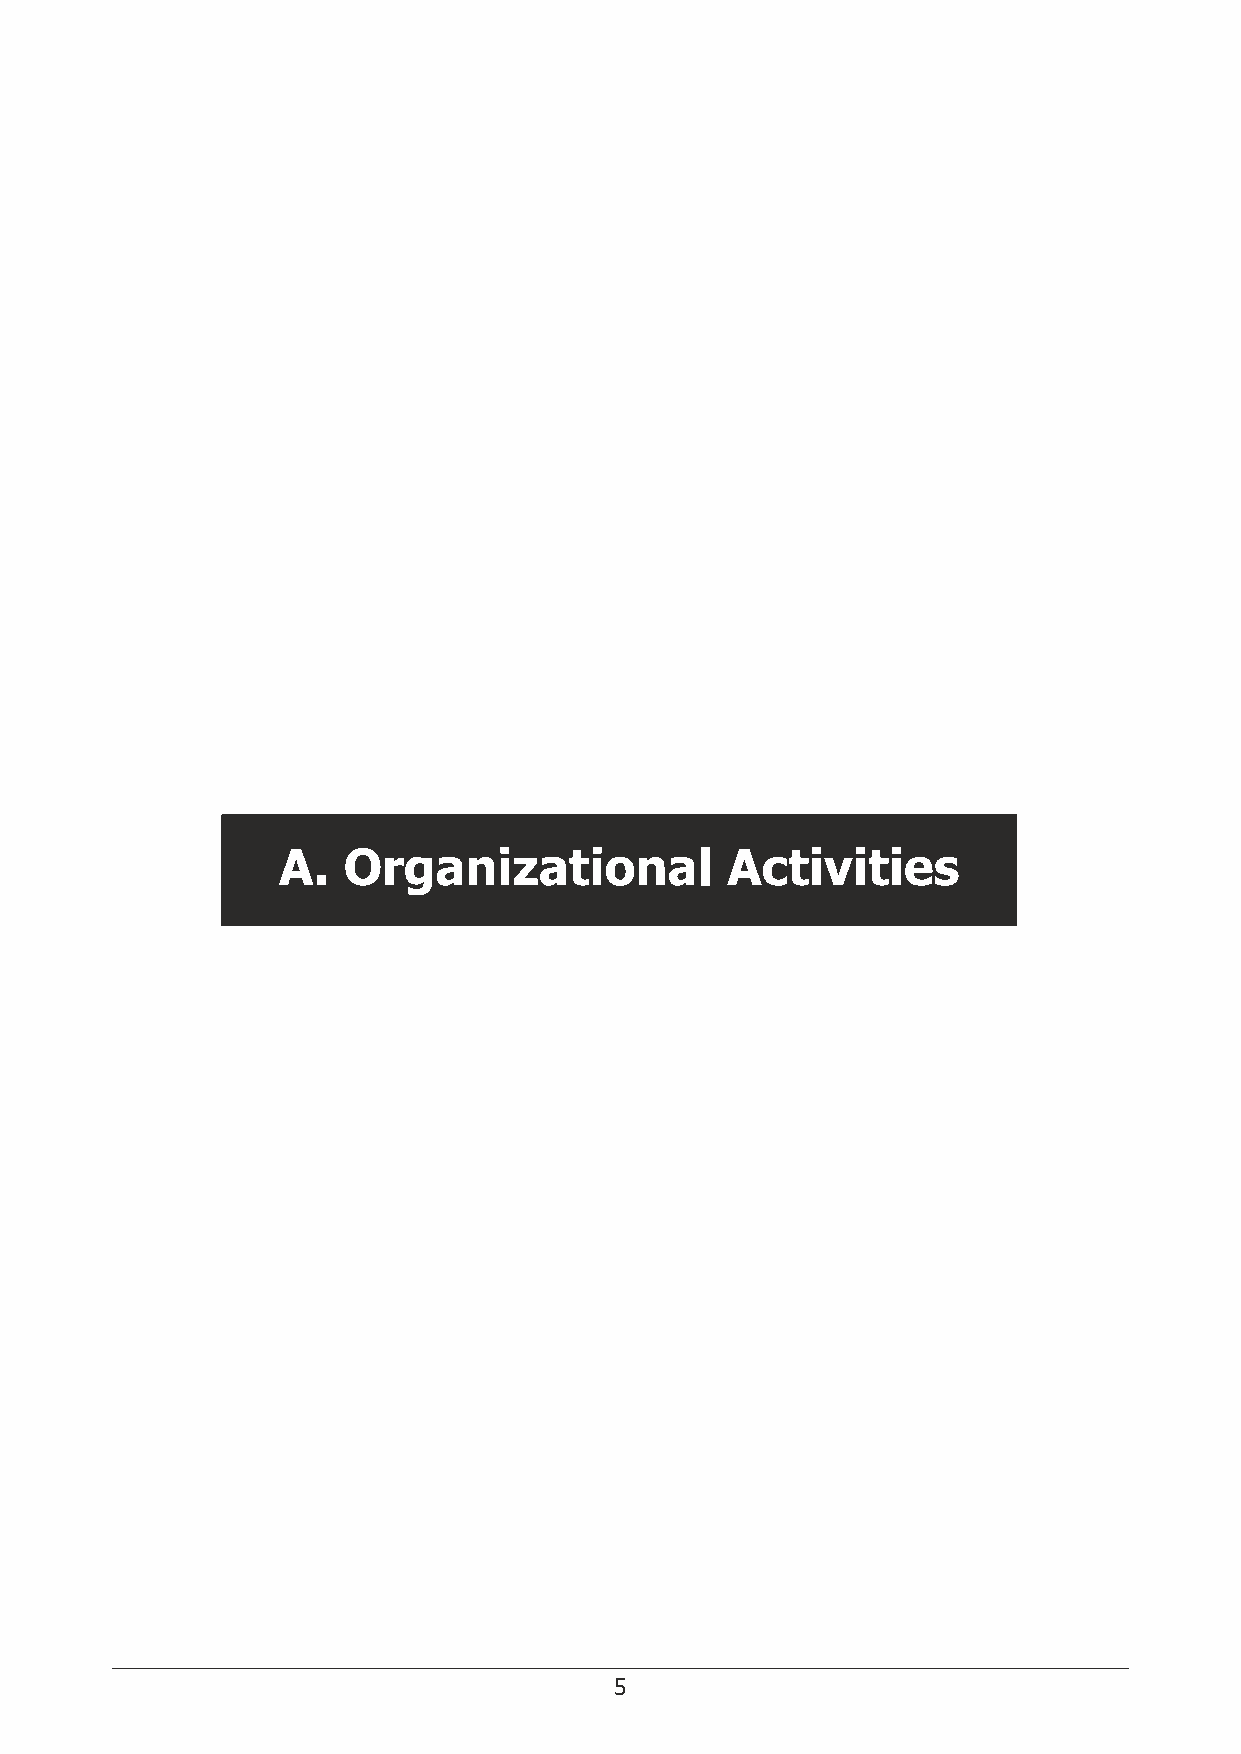
Jayachandran Sadaksharam Yogesh K. Chawla Editorial Ofce
 Professor & HOD of Oral Medicine and Ex-Director & Professor of National Academy of Medical
 Radiology, Hepatology, Sciences (India),
 Tamil Nadu Govt. Dental College and Postgraduate Institute of Medical Mahatma Gandhi Marg, Ring Road,
 Hospital, Chennai, India Education and Research, Ansari Nagar,
 Chandigarh, India New Delhi 110029, India
 U. M. Thatte
 Professor of Clinical Pharmacology, International Advisor
 Seth GS Medical College and King Prem Puri
 Edward Memorial Hospital, National Children's Research Centre,
 Mumbai, India Our Lady's Children's Hospital,
 Crumlin, Dublin, Ireland
 V. K. Shukla
 Ex-Professor & HOD of Surgery,
 Institute of Medical Sciences,
 Banaras Hindu University,
 Varanasi, India
 A.   Organizational           Activities
 4                                        5